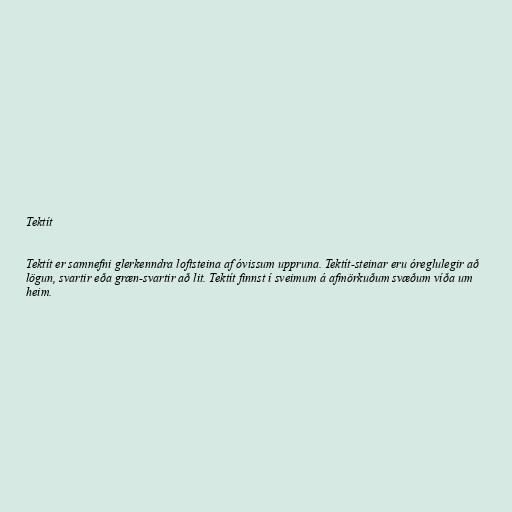
Tektít

Tektít er samnefni glerkenndra loftsteina af óvissum uppruna. Tektít-steinar eru óreglulegir að
lögun, svartir eða græn-svartir að lit. Tektít finnst í sveimum á afmörkuðum svæðum víða um
heim.